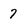
Character: 7